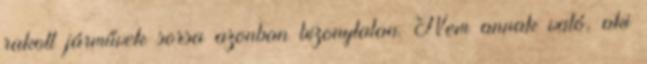
rakott járművek sorsa azonban bizonytalan. Nem annak való, aki